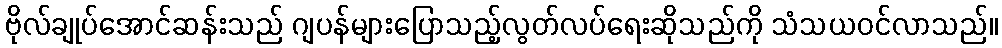
ဗိုလ်ချုပ်အောင်ဆန်းသည် ဂျပန်များပြောသည့်လွတ်လပ်ရေးဆိုသည်ကို သံသယဝင်လာသည်။